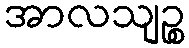
အာလသျဉ္စ